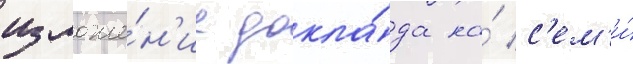
изложе́н'ие докла́да на́ с'ем'и́